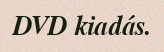
DVD kiadás.